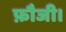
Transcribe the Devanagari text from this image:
फ़ौजी।